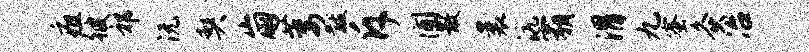
疽彼祁沅契崩萎黻斥圃散曩沆霸渭九蜜灸冶